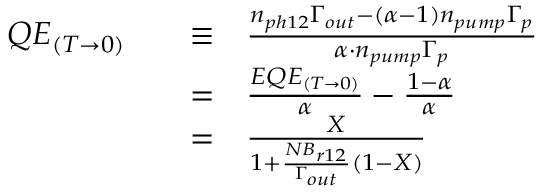
\begin{array} { r l r l } { Q E _ { ( T \rightarrow 0 ) } } & { } & { \equiv } & { \frac { n _ { p h 1 2 } \Gamma _ { o u t } - ( \alpha - 1 ) n _ { p u m p } \Gamma _ { p } } { \alpha \cdot n _ { p u m p } \Gamma _ { p } } } \\ & { } & { = } & { \frac { E Q E _ { ( T \rightarrow 0 ) } } { \alpha } - \frac { 1 - \alpha } { \alpha } } \\ & { } & { = } & { \frac { X } { 1 + \frac { N B _ { r 1 2 } } { \Gamma _ { o u t } } ( 1 - X ) } } \end{array}